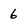
Character: 6